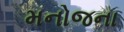
મનોજના